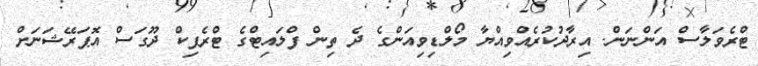
ޓްރެވަލާސް އަންނަން. އިރާދުކުރެއްވިއްޔާ މޯލްޑިވިއަންގެ ދެ ތިން ފްލައިޓްގެ ޓްރެފިކް ދޫގަސް އޮޕަރޭޝަނަށް